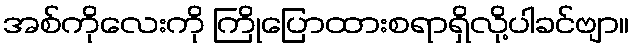
အစ်ကိုလေးကို ကြိုပြောထားစရာရှိလို့ပါခင်ဗျာ။